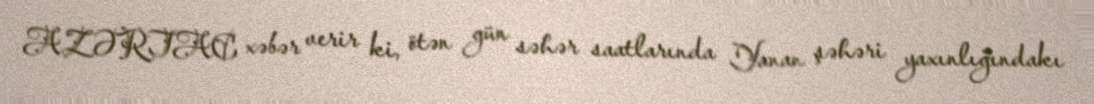
AZƏRTAC xəbər verir ki, ötən gün səhər saatlarında Yanan şəhəri yaxınlığındakı